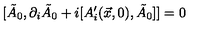
[ \tilde { A } _ { 0 } , \partial _ { i } \tilde { A } _ { 0 } + i [ A _ { i } ^ { \prime } ( \vec { x } , 0 ) , \tilde { A } _ { 0 } ] ] = 0